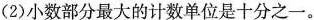
(2)小数部分最大的计数单位是十分之一。